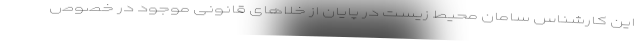
این کارشناس سامان محیط زیست در پایان از خلاهای قانونی موجود در خصوص